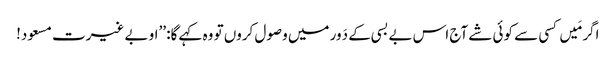
اگر مَیں کسی سے کوئی شے آج اس بے بسی کے دَور میں وصول کروں تو وہ کہے گا: ’’او بے غیرت مسعود!